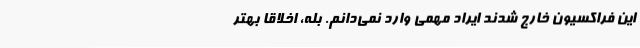
این فراکسیون خارج شدند ایراد مهمی وارد نمی‌دانم. بله، اخلاقاً بهتر